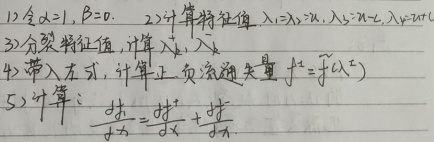
1. 令\(\alpha = 1,\beta = 0\)。
2. 计算特征值\(\lambda_1,\lambda_2,\cdots,\lambda_s,\lambda_{s + 1},\lambda_{s+2}\)。
3. 分裂特征值，计算\(\lambda'_1,\lambda'_2\)。
4. 带入左式，计算正、负流形矢量\(f^{\pm}=\widetilde{f}(\lambda^{\pm})\)。
5. 计算：\(\frac{df^{\pm}}{d\alpha}=\frac{\partial f^{\pm}}{\partial\alpha}+\frac{\partial f^{\pm}}{\partial\lambda}\)。